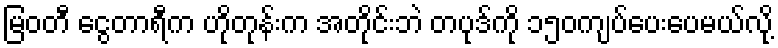
မြဝတီ ငွေတာရီက ဟိုတုန်းက အတိုင်းဘဲ တပုဒ်ကို ၁၅၀ကျပ်ပေးပေမယ်လို့